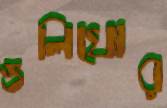
গুলিখোর